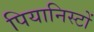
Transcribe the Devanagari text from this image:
पियानिस्टों